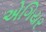
એગિયર